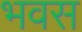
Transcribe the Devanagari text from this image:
भवस